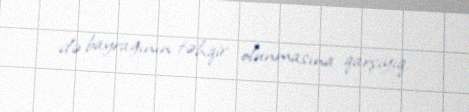
də bayrağının təhqir olunmasına qarşıyıq.